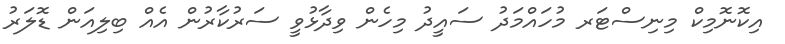
އިކޮނޮމިކް މިނިސްޓަރ މުހައްމަދު ސައީދު މިހެން ވިދާޅުވީ ސަރުކާރުން އެއް ބިލިއަން ޑޮލަރު